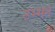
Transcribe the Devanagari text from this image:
उभ्भन